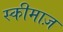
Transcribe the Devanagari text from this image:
स्कीमाज़